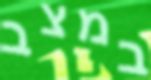
במצב